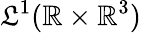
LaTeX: \mathfrak{L}^{1}(\mathbb{{R}}\times\mathbb{{R}}^{3})